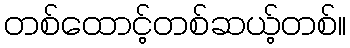
တစ်ထောင့်တစ်ဆယ့်တစ်။